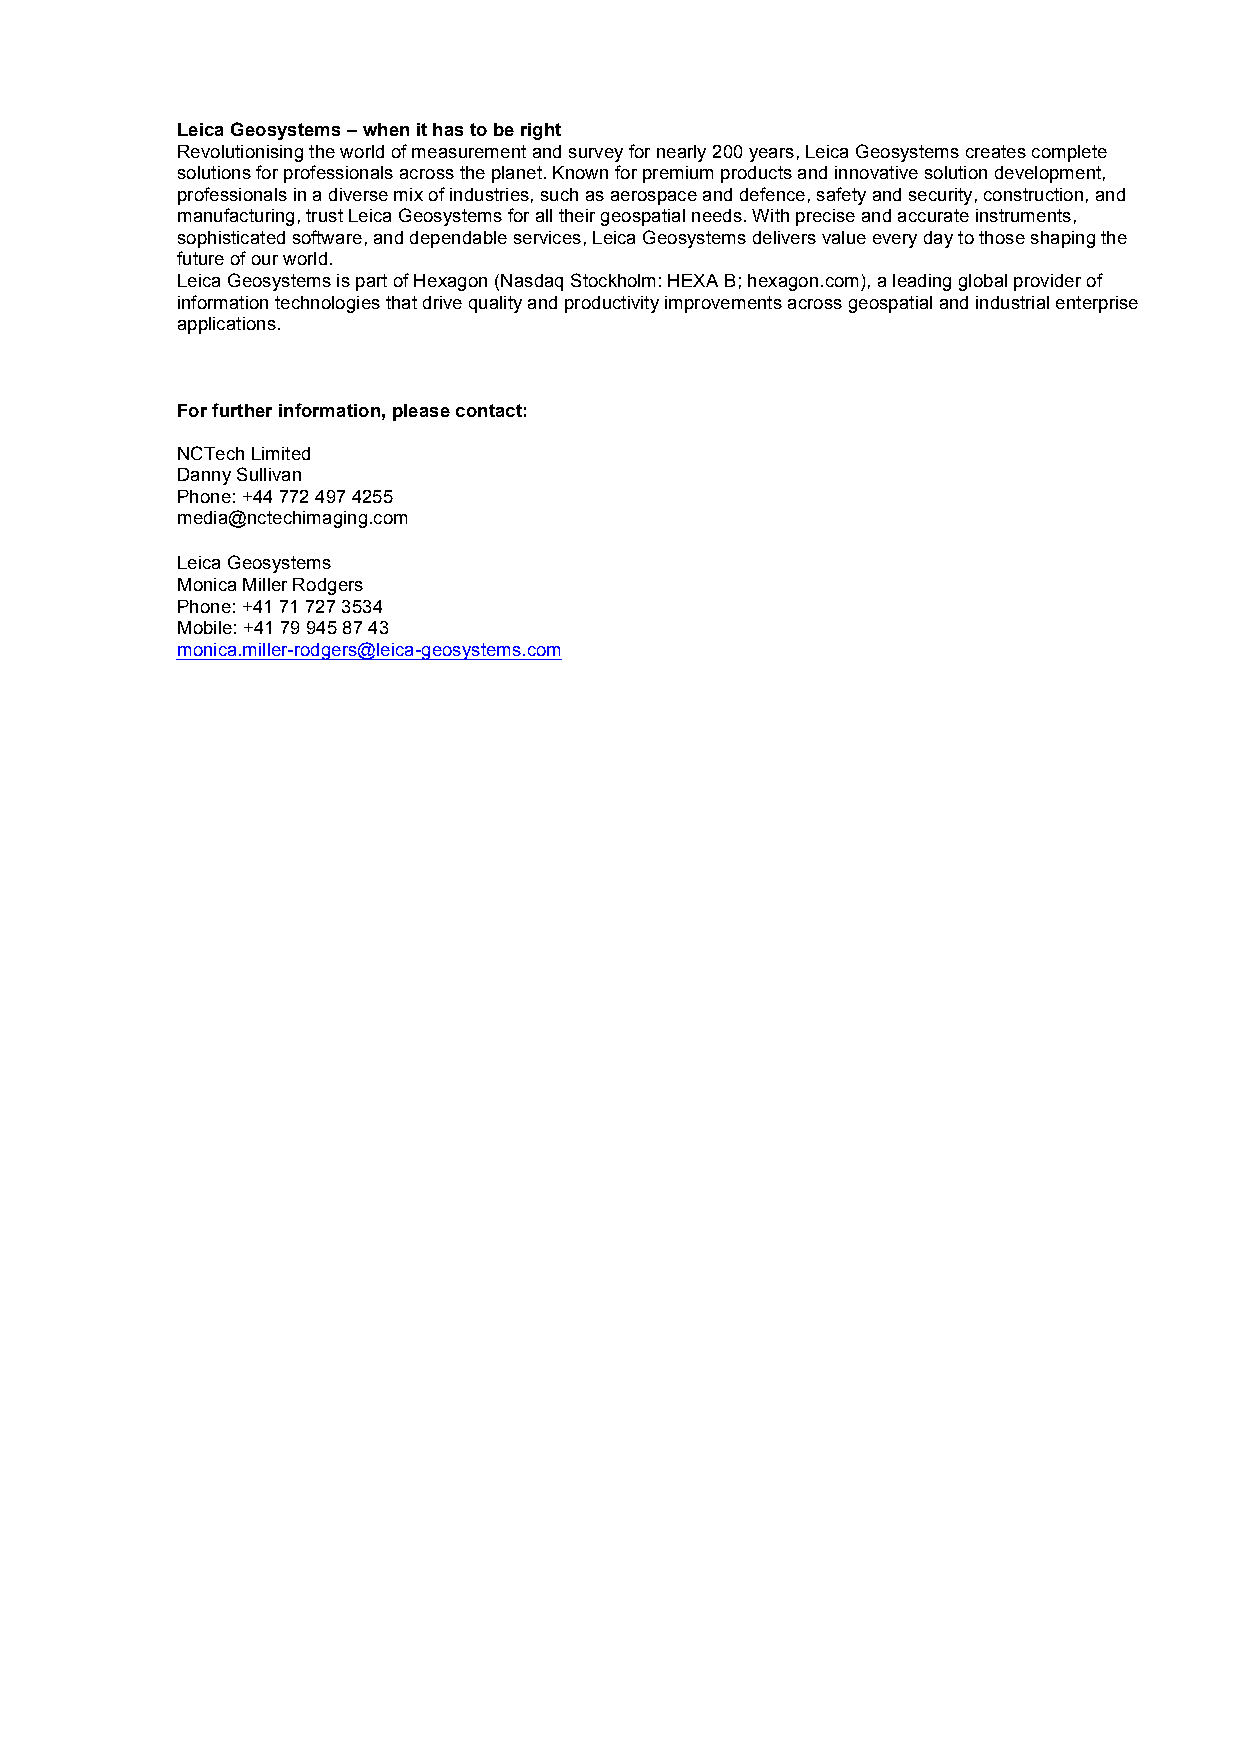
Leica Geosystems – when it has to be right
 Revolutionising the world of measurement and survey for nearly 200 years, Leica Geosystems creates complete
 solutions for professionals across the planet. Known for premium products and innovative solution development,
 professionals in a diverse mix of industries, such as aerospace and defence, safety and security, construction, and
 manufacturing, trust Leica Geosystems for all their geospatial needs. With precise and accurate instruments,
 sophisticated software, and dependable services, Leica Geosystems delivers value every day to those shaping the
 future of our world.
 Leica Geosystems is part of Hexagon (Nasdaq Stockholm: HEXA B; hexagon.com), a leading global provider of
 information technologies that drive quality and productivity improvements across geospatial and industrial enterprise
 applications.
 For further information, please contact:
 NCTech Limited
 Danny Sullivan
 Phone: +44 772 497 4255
 media@nctechimaging.com
 Leica Geosystems
 Monica Miller Rodgers
 Phone: +41 71 727 3534
 Mobile: +41 79 945 87 43
 monica.miller-rodgers@leica-geosystems.com
 2/2